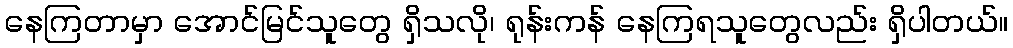
နေကြတာမှာ အောင်မြင်သူတွေ ရှိသလို၊ ရုန်းကန် နေကြရသူတွေလည်း ရှိပါတယ်။